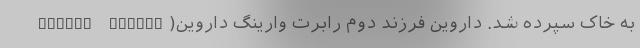
به خاک سپرده شد. داروین فرزند دوم رابرت وارینگ داروین(Robert Waring